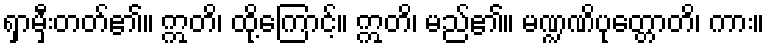
ရှာမှီးတတ်၏။ ဣတိ၊ ထို့ကြောင့်။ ဣတိ၊ မည်၏။ မဏ္ဍဏိပုတ္တောတိ၊ ကား။